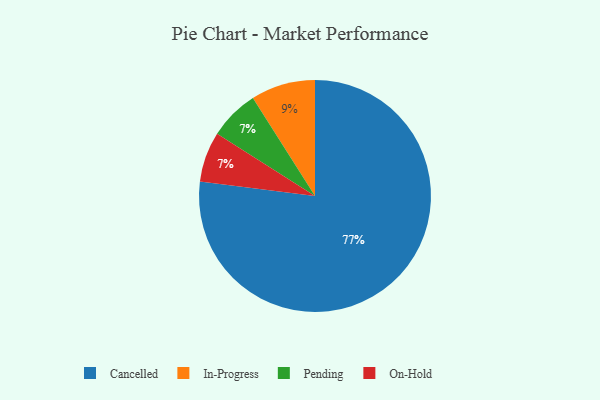
{"axis": {"x": "Category", "y": "Percentage"}, "legend": ["Cancelled", "In-Progress", "On-Hold", "Pending"], "data": [{"x": "In-Progress", "y": 9, "type": "In-Progress"}, {"x": "Cancelled", "y": 77, "type": "Cancelled"}, {"x": "Pending", "y": 7, "type": "Pending"}, {"x": "On-Hold", "y": 7, "type": "On-Hold"}]}